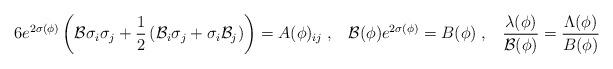
LaTeX: \begin{align*}6 e^{2\sigma(\phi)}\left({\cal B} \sigma_i \sigma_j+ \frac{1}{2}\left({\cal B}_i \sigma_j +\sigma_i{\cal B}_j \right) \right)=A(\phi)_{i j}\;,\;\;\;{\cal B}(\phi)e^{2\sigma(\phi)}= B(\phi)\;,\;\;\;\frac{ \lambda(\phi)}{{\cal B}(\phi)}=\frac{\Lambda(\phi)}{B(\phi)}\end{align*}